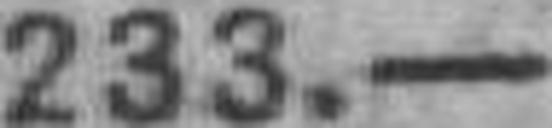
233.—